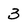
Character: 3